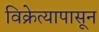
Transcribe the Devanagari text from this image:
विक्रेत्यापासून